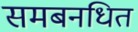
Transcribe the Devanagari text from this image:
समबनधित